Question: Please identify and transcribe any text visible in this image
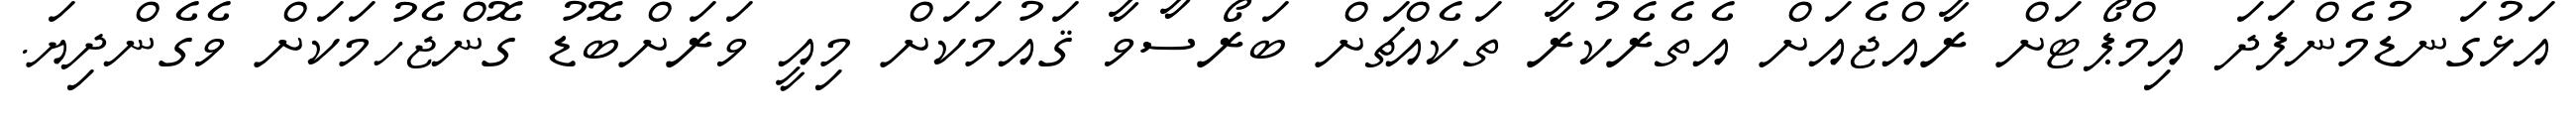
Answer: އަޅުގަނޑުމެންފަދަ އިމްޕޯޓަށް ރާއްޖެއަށް އެތެރެކުރާ ތަކެއްޗަށް ބަރޯސާވާ ޤައުމަކަށް މިއީ ވަރަށްބޮޑު ގޮންޖެހުމަކަށް ވެގެންދިޔަ.